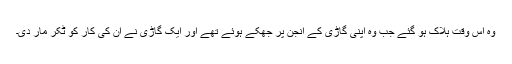
وہ اس وقت ہلاک ہو گئے جب وہ اپنی گاڑی کے انجن پر جھکے ہوئے تھے اور ایک گاڑی نے ان کی کار کو ٹکر مار دی۔